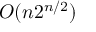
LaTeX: O ( n 2 ^ { n / 2 } )